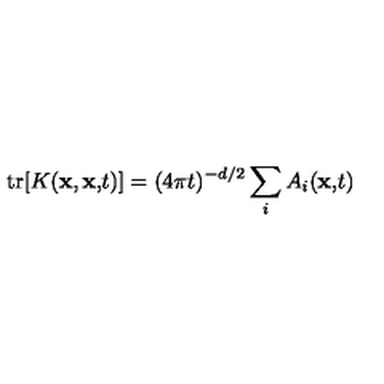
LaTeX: \mathrm { t r } [ K ( { \bf x , x , } t ) ] = ( 4 \pi t ) ^ { - d / 2 } \sum _ { i } A _ { i } ( { \bf x , } t { \bf ) }